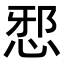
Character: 𭜺